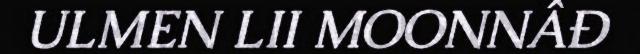
ULMEN LII MOONNÂĐ